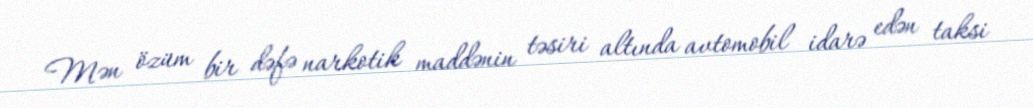
Mən özüm bir dəfə narkotik maddənin təsiri altında avtomobil idarə edən taksi